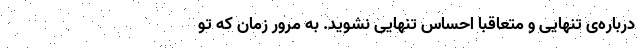
درباره‌ی تنهایی و متعاقباً احساس تنهایی نشوید. به مرور زمان که تو